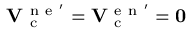
\mathbf { V } _ { \mathrm { ~ c ~ } } ^ { \mathrm { ~ n ~ e ~ } ^ { \prime } } = \mathbf { V } _ { \mathrm { ~ c ~ } } ^ { \mathrm { ~ e ~ n ~ } ^ { \prime } } = \mathbf { 0 }